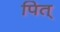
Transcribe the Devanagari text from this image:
पित्